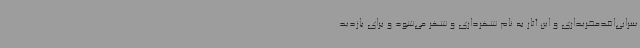
سرابی‌اقدمخریداری و این آثار به نام شهرداری و شهر می‌شود و برای بازدید